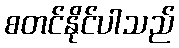
စတင်နိုင်ပါသည်